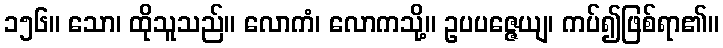
၁၅၆။ သော၊ ထိုသူသည်။ လောကံ၊ လောကသို့။ ဥပပဇ္ဇေယျ၊ ကပ်၍ဖြစ်ရာ၏။